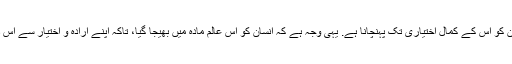
اس جہان کو خلق کرنے کا ہدف و مقصد مخلوقات کو ان کے کمال تک اور انسان کو اس کے کمال اختیاری تک پہنچانا ہے. یہی وجہ ہے کہ انسان کو اس عالم مادہ میں بھیجا گیا، تاکہ اپنے ارادہ و اختیار سے اس دار تزاحم کے نشیب و فراز سے گزرتے ہوئے اپنے کمال اختیاری تک پہنچے۔